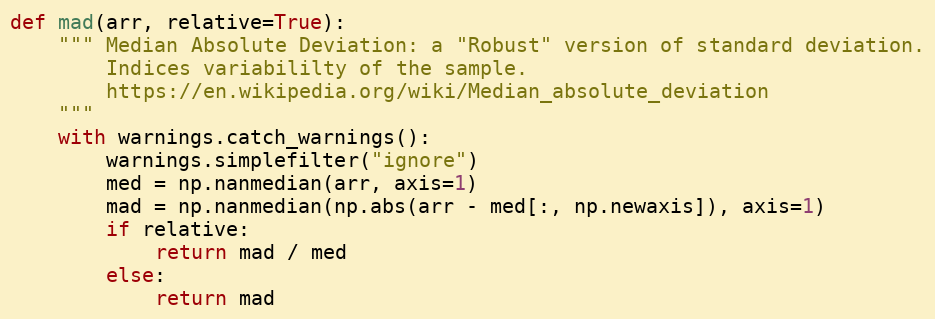
Language: Python
def mad(arr, relative=True):
    """ Median Absolute Deviation: a "Robust" version of standard deviation.
        Indices variabililty of the sample.
        https://en.wikipedia.org/wiki/Median_absolute_deviation
    """
    with warnings.catch_warnings():
        warnings.simplefilter("ignore")
        med = np.nanmedian(arr, axis=1)
        mad = np.nanmedian(np.abs(arr - med[:, np.newaxis]), axis=1)
        if relative:
            return mad / med
        else:
            return mad